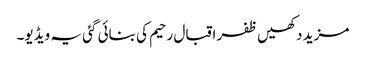
مزید دکھیں ظفر اقبال رحیم کی بنائی گئی یہ ویڈیو۔